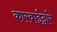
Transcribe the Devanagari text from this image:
कारवाईद्वारे